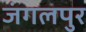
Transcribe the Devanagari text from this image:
जंगलपुर